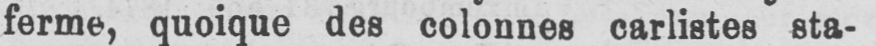
ferme, quoique des colonnes carlistes sta-